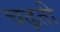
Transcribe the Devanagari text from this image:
चढ़़ती